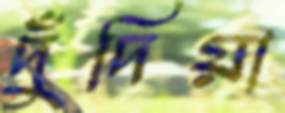
দুঁদিয়া